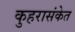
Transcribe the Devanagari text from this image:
कुहरासंकेत